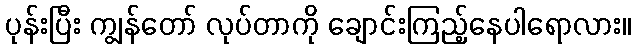
ပုန်းပြီး ကျွန်တော် လုပ်တာကို ချောင်းကြည့်နေပါရောလား။